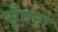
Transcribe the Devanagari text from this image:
सूँघना